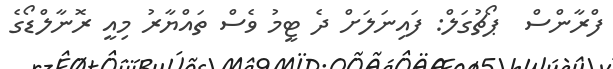
ފްރާންސް  ޕޯޗުގަލް: ފައިނަލަށް ދެ ޓީމު ވެސް ތައްޔާރު މިއީ ރޮނާލްޑޯގެ